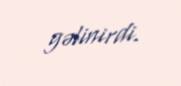
gəlinirdi.